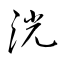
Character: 洸